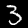
Digit: 3